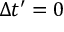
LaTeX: \Delta t ^ { \prime } = 0